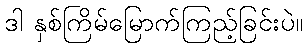
ဒါ နှစ်ကြိမ်မြောက်ကြည့်ခြင်းပဲ။